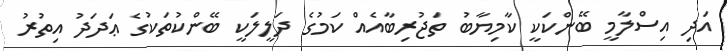
އަދި އިސްލާމީ ބޭންކަކީ ކާމިޔާބު ތަޖުރިބާއެއް ކަމުގެ ދަލީލަކީ ބޭންކުތަކުގެ ޢަދަދު އިތުރު